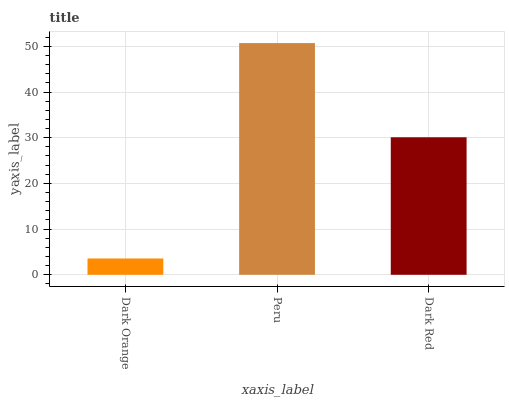
| xaxis_label | bars |
 | --- | --- |
 | Dark Orange | 3.57 |
 | Peru | 50.7 |
 | Dark Red | 30.1 |